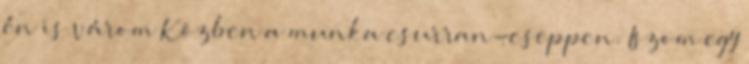
én is várom Közben a munka csurran-cseppen. Iszom egy